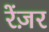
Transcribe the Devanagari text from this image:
रेंज़र